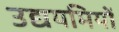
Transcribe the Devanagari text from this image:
उद्ययमियों